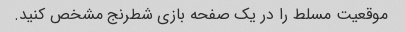
موقعیت مسلط را در یک صفحه بازی شطرنج مشخص کنید.